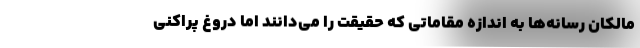
مالکان رسانه‌ها به اندازه مقاماتی که حقیقت را می‌دانند اما دروغ پراکنی